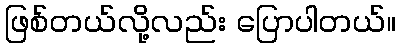
ဖြစ်တယ်လို့လည်း ပြောပါတယ်။